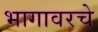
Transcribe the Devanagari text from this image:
भागावरचे